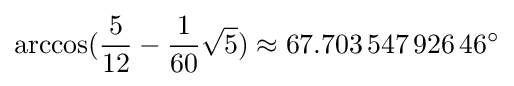
\arccos({\frac {5}{12}}-{\frac {1}{60}}{\sqrt {5}})\approx 67.703\,547\,926\,46^{\circ }